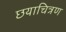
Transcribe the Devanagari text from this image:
छयाचित्रण